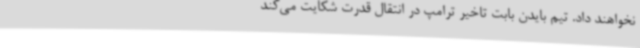
نخواهند داد. تیم بایدن بابت تاخیر ترامپ در انتقال قدرت شکایت می‌کند